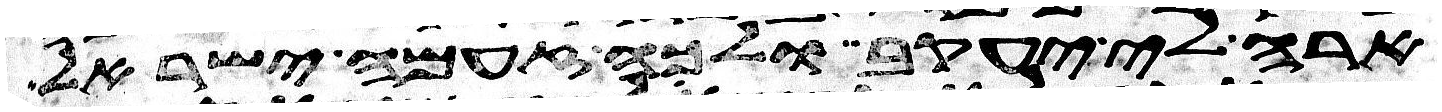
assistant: ארה לי יעקב ולכה זעמה ישראל